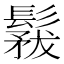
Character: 𩮤